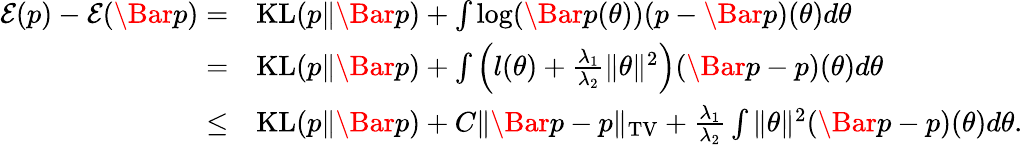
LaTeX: \begin{array}{rl}{\mathcal{E}(p)-\mathcal{E}(\Bar{p})=}&{\mathrm{KL}(p\| \Bar{p})+\int\log(\Bar{p}(\theta))(p-\Bar{p})(\theta)d\theta}\\ {=}&{\mathrm{KL}(p\| \Bar{p})+\int\left(l(\theta)+\frac{\lambda_{1}}{\lambda_{2}}\| \theta\| ^{2}\right)(\Bar{p}-p)(\theta)d\theta}\\ {\leq}&{\mathrm{KL}(p\| \Bar{p})+C\| \Bar{p}-p\| _{\mathrm{TV}}+\frac{\lambda_{1}}{\lambda_{2}}\int\| \theta\| ^{2}(\Bar{p}-p)(\theta)d\theta.}\end{array}